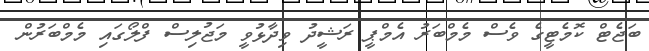
ބަޖެޓް ކޮމެޓީގެ ވެސް މެމްބަރު އެމްޕީ ރަޝީދު ވިދާޅުވީ މަޖުލިސް ފްލޯގައި މެމްބަރުން